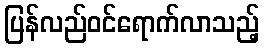
ပြန်လည်ဝင်ရောက်လာသည့်